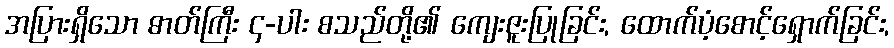
အပြားရှိသော ဓာတ်ကြီး ၄-ပါး စသည်တို့၏ ကျေးဇူးပြုခြင်း, ထောက်ပံ့စောင့်ရှောက်ခြင်း,